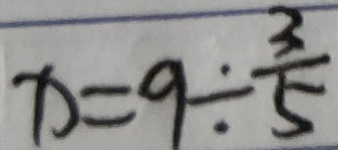
x = 9 \div \frac { 3 } { 5 }